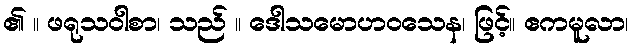
၏ ။ ဖရုသဝါစာ၊ သည် ။ ဒေါသမောဟဝသေန၊ ဖြင့်။ ဧကမူလာ၊